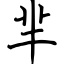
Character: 芈